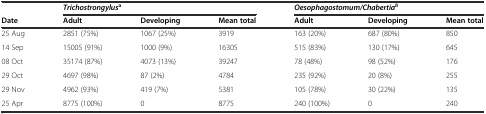
|  | <COLSPAN=3> Trichostrongylusa | <COLSPAN=3> Oesophagostomum/Chabertiab |
 | Date | Adult | Developing | Mean total | Adult | Developing | Mean total |
 | --- | --- | --- | --- | --- | --- | --- |
 | 25 Aug | 2851 (75%) | 1067 (25%) | 3919 | 163 (20%) | 687 (80%) | 850 |
 | 14 Sep | 15005 (91%) | 1000 (9%) | 16305 | 515 (83%) | 130 (17%) | 645 |
 | 08 Oct | 35174 (87%) | 4073 (13%) | 39247 | 78 (48%) | 98 (52%) | 176 |
 | 29 Oct | 4697 (98%) | 87 (2%) | 4784 | 235 (92%) | 20 (8%) | 255 |
 | 29 Nov | 4962 (93%) | 419 (7%) | 5381 | 105 (78%) | 30 (22%) | 135 |
 | 25 Apr | 8775 (100%) | 0 | 8775 | 240 (100%) | 0 | 240 |